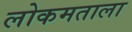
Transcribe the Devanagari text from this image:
लोकमताला